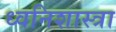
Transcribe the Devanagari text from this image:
ध्वनिशास्त्रा